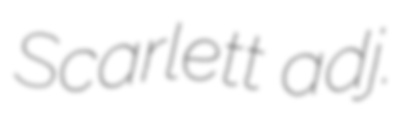
Scarlett adj.